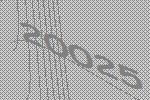
20025